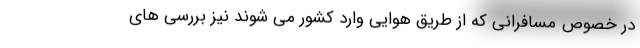
در خصوص مسافرانی که از طریق هوایی وارد کشور می شوند نیز بررسی های